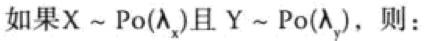
如果$X \sim Po(\lambda_x)$且$Y \sim Po(\lambda_y)$，则：